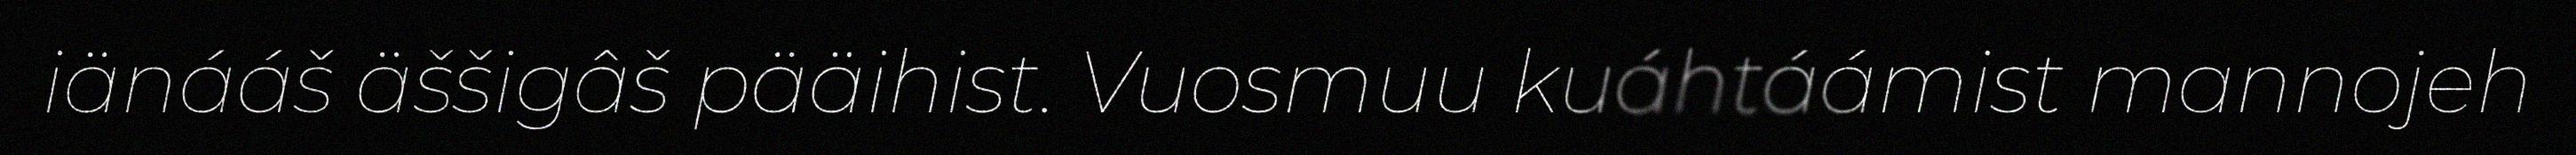
iänááš äššigâš pääihist. Vuosmuu kuáhtáámist mannojeh